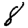
Digit: 8